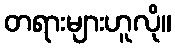
တရားများဟူလို။